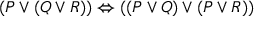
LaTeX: ( P \lor ( Q \lor R ) ) \Leftrightarrow ( ( P \lor Q ) \lor ( P \lor R ) )